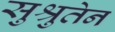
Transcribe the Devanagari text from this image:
सुश्रुतेन